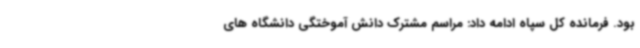
بود. فرمانده کل سپاه ادامه داد: مراسم مشترک دانش آموختگی دانشگاه های